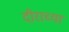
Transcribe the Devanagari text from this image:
दीराच्या